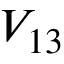
V _ { 1 3 }